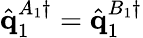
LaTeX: \hat{\mathbf{q}}_{1}^{A_{1}\dagger}=\hat{\mathbf{q}}_{1}^{B_{1}\dagger}